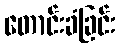
တောင်းခံခြင်း